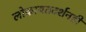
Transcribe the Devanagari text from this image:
लोकायतदर्शनही